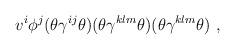
LaTeX: \begin{align*}v^i \phi^j (\theta \gamma^{ij} \theta ) (\theta \gamma^{klm} \theta )(\theta \gamma^{klm} \theta ) ~ ,\end{align*}